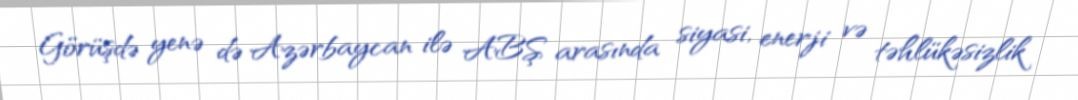
Görüşdə yenə də Azərbaycan ilə ABŞ arasında siyasi, enerji və təhlükəsizlik